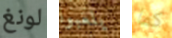
لونغ يلعبوا كما